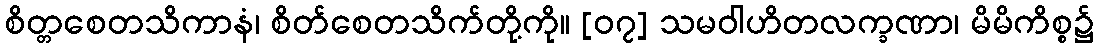
စိတ္တစေတသိကာနံ၊ စိတ်စေတသိက်တို့ကို။ [၀၇] သမဝါဟိတလက္ခဏာ၊ မိမိကိစ္စ၌